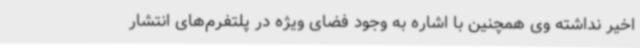
اخیر نداشته وی همچنین با اشاره به وجود فضای ویژه در پلتفرم‌های انتشار